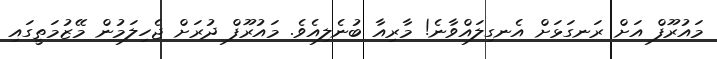
މައުރޫފް އަށް ރަނގަޅަށް އެނގިލައްވާނެ! މާރިއާ ބުނެލިއެވެ. މައުރޫފް ދުރަށް ޖެހިލަމުން މޭޒުމަތީގައި